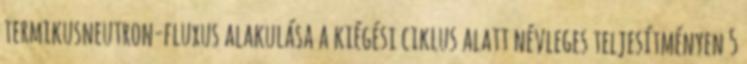
termikusneutron-fluxus alakulása a kiégési ciklus alatt névleges teljesítményen 5